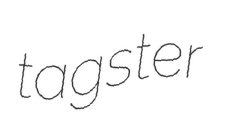
tagster